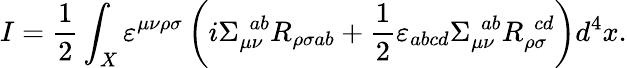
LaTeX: I=\frac{1}{2}\int_{X}\varepsilon^{\mu\nu\rho\sigma}\left(i\Sigma_{\mu\nu}^{\ \ ab}R_{\rho\sigma ab}+\frac{1}{2}\varepsilon_{abcd}\Sigma_{\mu\nu}^{\ \ ab}R_{\rho\sigma}^{\ \ cd}\right)d^{4}x.